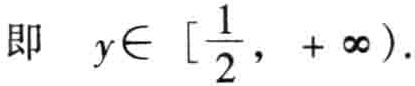
即 \(y\in [\frac{1}{2}, +\infty)\).